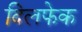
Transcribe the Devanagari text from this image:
दिलफेक